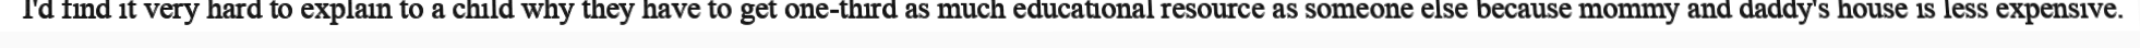
I'd find it very hard to explain to a child why they have to get one-third as much educational resource as someone else because mommy and daddy's house is less expensive.